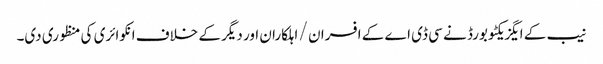
نیب کے ایگزیکٹو بورڈ نے سی ڈی اے کے افسران / اہلکاران اور دیگر کے خلاف انکوائری کی منظوری دی۔